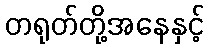
တရုတ်တို့အနေနှင့်